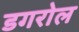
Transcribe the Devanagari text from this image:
डगरोल